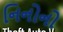
નિનોનો